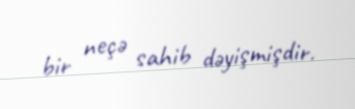
bir neçə sahib dəyişmişdir.